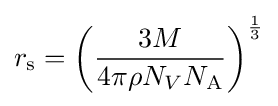
r_{\rm {s}}=\left({\frac {3M}{4\pi \rho N_{V}N_{\rm {A}}}}\right)^{\frac {1}{3}}